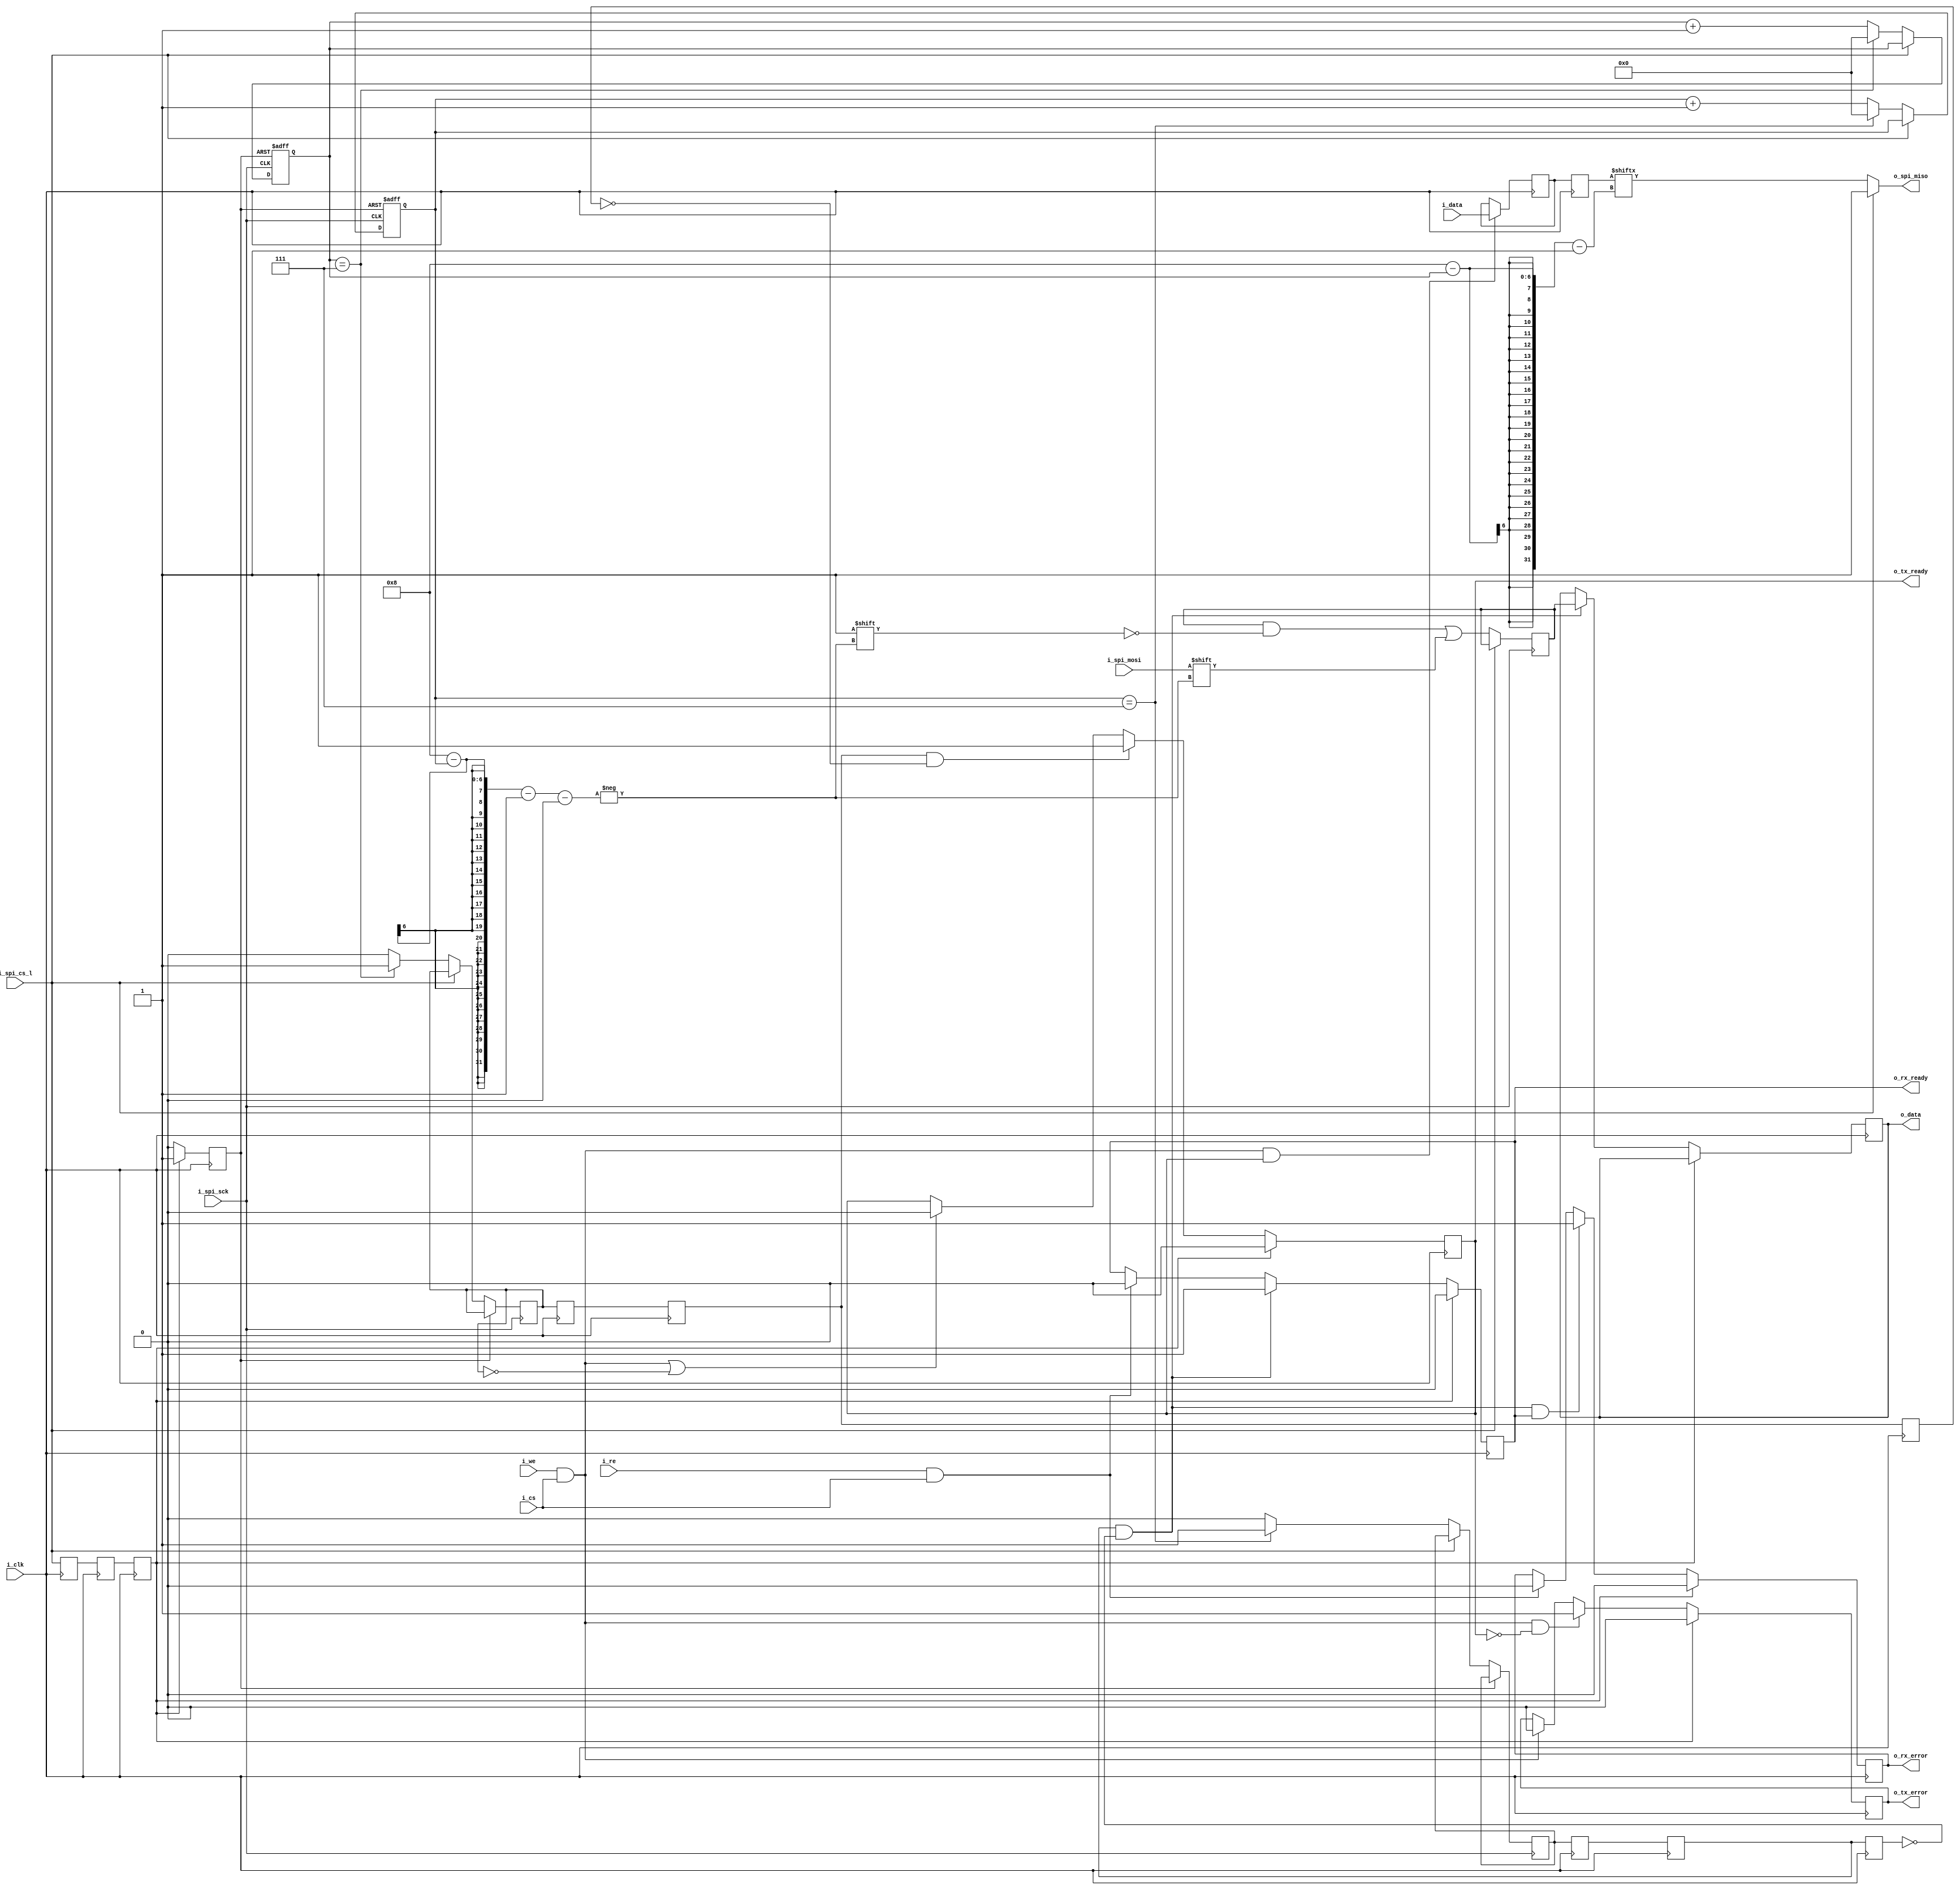
//-----------------------------------------------------------------------------
// spi slave
// v1.0 2015
//
// test modelsim ok: 4*i_clk >= i_spi_sck
//
//-----------------------------------------------------------------------------
//`timescale 1ps/1ps
//`define DEBUG

module spi_slave 
#(
    parameter SHIFT_REG_LEN = 8           // dlinna shift registra
)
(
    input wire i_clk,
	 // i/o inteface
	 input wire i_cs,
	 input wire [SHIFT_REG_LEN-1:0] i_data,
	 output wire [SHIFT_REG_LEN-1:0] o_data,
	 input wire i_we,                        // read,  i/o inteface
	 input wire i_re,                        // write, i/o inteface
	 output wire o_rx_error,                 // perepolninie, ne zabrali danie, kak bili zagrusheni novie !
	 output wire o_rx_ready,
	 
	 output wire o_tx_error,                 // error: popitka zapisi v spi ! 1-idet peredacha(zanat), 2-net gotovnosti spi
	 output wire o_tx_ready,
	 
	 // SPI slave interface
	 input wire i_spi_sck,
	 input wire i_spi_cs_l,
	 input wire i_spi_mosi,
	 output reg o_spi_miso

`ifdef DEBUG
    ,
	 output wire [5:0] d_rx_bit_counter,
	 output wire d_rx_flag,
	 output wire [5:0] d_tx_bit_counter,
	 output wire d_tx_flag
`endif

);

reg [SHIFT_REG_LEN-1:0] spi_rx_reg = 0;     // reg for i/o interface
reg [SHIFT_REG_LEN-1:0] spi_tx_reg = 0;     // reg for i/o interface
reg [SHIFT_REG_LEN-1:0] spi_shift_reg = 0;  // reg for i/o interface
reg [SHIFT_REG_LEN-1:0] spi_tx_fifo = 0;    // temp reg for copy i_data -> spi_tx_fifo -> spi_tx_reg

reg [5:0] rx_bit_counter = 0;  // counter bit for spi inteface
reg [5:0] tx_bit_counter = 0;  // counter bit for spi inteface

reg rx_flag = 0;    // (spi slave inteface) rx data from spi
reg rx_ready = 0;   // spi rx data (i/o inteface)
reg rx_error = 0;   // perepolninie, ne zabrali danie, kak bili zagrusheni novie !
reg tx_flag = 0;    // (spi slave inteface) rx data from spi
reg tx_ready = 0;   // spi rx data (i/o inteface)
reg tx_error = 0;   //

reg rx_f1 = 0; // sync register (clokoviy domen spi->i_clk)
reg rx_f2 = 0;
reg rx_f3 = 0;

reg tx_f1 = 0; // sync register (clokoviy domen spi->i_clk)
reg tx_f2 = 0;
reg tx_f3 = 0;

reg cs_f1 = 0; // sync register (clokoviy domen spi->i_clk)
reg cs_f2 = 0;
reg cs_f3 = 0;

reg reset = 0;
//-----------------------------------------------------------------------------

// tx spi
always @( spi_tx_reg or i_spi_cs_l or tx_bit_counter)
begin
    if ( i_spi_cs_l == 0 ) begin
	     o_spi_miso <= spi_tx_reg[SHIFT_REG_LEN - tx_bit_counter - 1];
	 end else
	     o_spi_miso <= 1'b1;
end

// rx spi
always @(posedge i_spi_sck)
begin
    if (i_spi_cs_l == 0) begin
	     spi_shift_reg[SHIFT_REG_LEN - rx_bit_counter - 1] <= i_spi_mosi;
	 end
end

// rx spi bit counter
always @(posedge i_spi_sck or posedge reset)
begin
    if (reset) begin
	     rx_bit_counter <= 0;
	 end else 
    if (i_spi_cs_l == 0) begin
	     if (rx_bit_counter == SHIFT_REG_LEN - 1) begin
		      rx_bit_counter <= 0;
				rx_flag <= 1;
		  end else begin
	         rx_bit_counter <= rx_bit_counter + 1'b1;
				rx_flag <= 0;
		  end
	 end
end

// rx
// perehod cherez CLK domen spi->i_clk
always @(posedge i_clk)
begin
    rx_f1 <= rx_flag;
	 rx_f2 <= rx_f1;
	 rx_f3 <= rx_f2;
	 
    cs_f1 <= i_spi_cs_l;
	 cs_f2 <= cs_f1;
	 cs_f3 <= cs_f2;
	 
	 if (cs_f3 == 0) begin
	 
	     if (rx_f2 && !rx_f3) begin
	         rx_ready <= 1;
		      spi_rx_reg <= spi_shift_reg;
	     end else if (i_re && i_cs)
	         rx_ready <= 0;

	     if (rx_f2 && !rx_f3 && rx_ready) begin
	         rx_error <= 1;
	     end else if (i_re && i_cs)
	         rx_error <= 0;

	 end else begin
	     rx_ready <= 0;
	     rx_error <= 0;
	 end
		  
end

//tx copy to tmp buf
always @(posedge i_clk)
begin
    if (i_we && i_cs && tx_ready) begin
	     spi_tx_fifo <= i_data;
	 end
	 
    spi_tx_reg <= spi_tx_fifo;
end

// tx spi bit counter
always @(negedge i_spi_sck or posedge reset)
begin
    if (reset) begin
	     tx_bit_counter <= 0;
	 end else
    if (i_spi_cs_l == 0) begin
	     if (tx_bit_counter == SHIFT_REG_LEN - 1) begin
		      tx_bit_counter <= 0;
				tx_flag <= 1;
		  end else begin
	         tx_bit_counter <= tx_bit_counter + 1'b1;
				tx_flag <= 0;
		  end
	 end
end


// tx
// perehod cherez CLK domen spi->i_clk
always @(posedge i_clk)
begin
    tx_f1 <= tx_flag;
	 tx_f2 <= tx_f1;
	 tx_f3 <= tx_f2;
	 
	 if (cs_f3 == 0) begin

	     if (tx_f2 && !tx_f3) begin
	         tx_ready <= 1;
	     end else if (i_we && i_cs || tx_flag == 0)// || !i_spi_cs_l)
	         tx_ready <= 0;

	     if (i_we && i_cs && !tx_ready) begin
	         tx_error <= 1;
	     end else if (i_we && i_cs)
	         tx_error <= 0;
	 end else begin
	     tx_ready <= 0;
	     tx_error <= 0;
	 end
		  
end

always @(posedge i_clk)
begin
    if (cs_f3) begin
	     reset <= 1;
	 end else begin
	     reset <= 0;
	 end
end


assign o_rx_ready = rx_ready;
assign o_data = spi_rx_reg;
assign o_rx_error = rx_error;

assign o_tx_ready = tx_ready;
assign o_tx_error = tx_error;

`ifdef DEBUG
assign d_rx_bit_counter = rx_bit_counter;
assign d_rx_flag = rx_flag;
assign d_tx_bit_counter = tx_bit_counter;
assign d_tx_flag = tx_flag;
`endif

endmodule